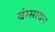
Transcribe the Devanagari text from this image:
बंग्सावन